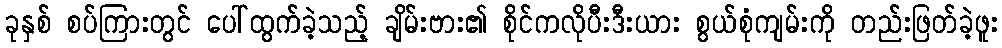
ခုနှစ် စပ်ကြားတွင် ပေါ်ထွက်ခဲ့သည့် ချိမ်းဗား၏ စိုင်ကလိုပီးဒီးယား စွယ်စုံကျမ်းကို တည်းဖြတ်ခဲ့ဖူး